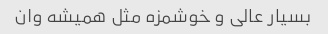
بسیار عالی و خوشمزه مثل همیشه وان